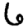
Digit: 6